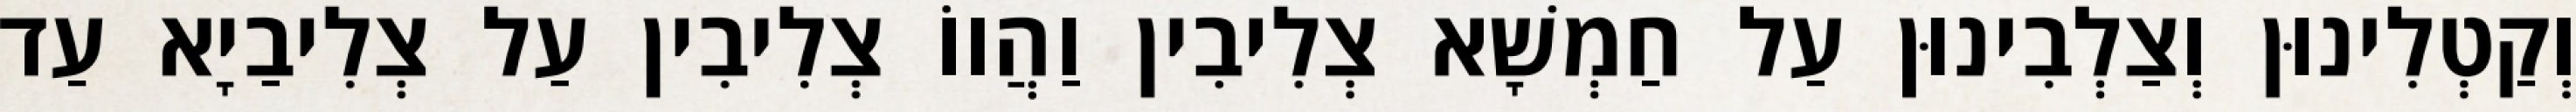
וְקַטְלִינוּן וְצַלְבִינוּן עַל חַמְשָׁא צְלִיבִין וַהֲווֹ צְלִיבִין עַל צְלִיבַיָא עַד